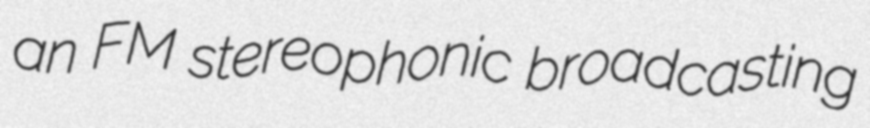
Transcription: an FM stereophonic broadcasting